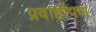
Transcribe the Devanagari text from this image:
प्रवाहीपण